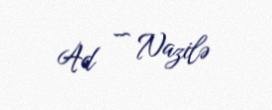
Ad — Nazilə